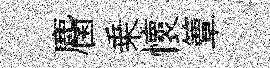
麕乗懷簟